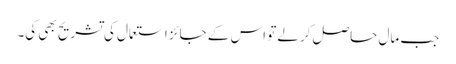
جب مال حاصل کرلے تو اس کے جائز استعمال کی تشریح بھی کی۔